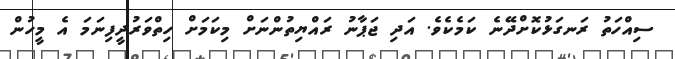
ސިއްހަތު ރަނގަޅުކޮށްދޭނެ ކަމެކެވެ. އަދި ޖަޕާނު ރައްޔިތުންނަށް މިކަމަށް ހިތްވަރުދީފިނަމަ އެ މީހުން